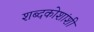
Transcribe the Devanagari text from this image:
शब्दकोशांशी